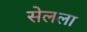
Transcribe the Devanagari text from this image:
सेलला